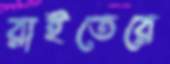
রাইতেরে